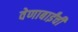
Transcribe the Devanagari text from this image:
वेणाबाईंची